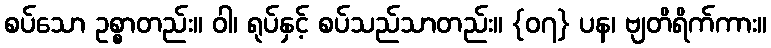
စပ်သော ဥစ္စာတည်း။ ဝါ၊ ရုပ်နှင့် စပ်သည်သာတည်း။ {၀၇} ပန၊ ဗျတိရိက်ကား။